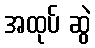
အထုပ် ဆွဲ